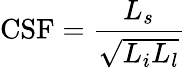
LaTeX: \mathrm{CSF}=\frac{L_{s}}{\sqrt{L_{i}L_{l}}}